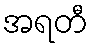
အရတီ